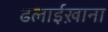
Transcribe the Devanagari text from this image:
ढलाईख़ाना